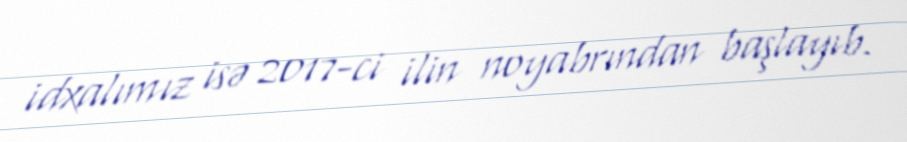
idxalımız isə 2017-ci ilin noyabrından başlayıb.